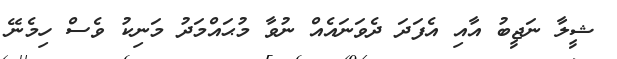
ޝީލާ ނަޖީބު އާއި އެފަދަ ދެވަނައެއް ނުވާ މުޙައްމަދު މަނިކު ވެސް ހިމެނޭ